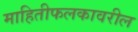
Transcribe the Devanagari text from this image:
माहितीफलकावरील